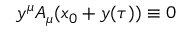
y ^ { \mu } A _ { \mu } ( x _ { 0 } + y ( \tau ) ) \equiv 0